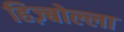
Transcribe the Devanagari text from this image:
हिज़्बोल्ला